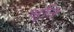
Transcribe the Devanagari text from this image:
श्रृति